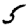
Digit: 5